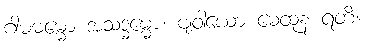
ဂါမဓမ္မော အသဒ္ဓမ္မော၊ ဗျဝါယော မေထုနံ ရတိ။